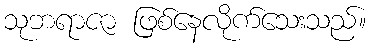
သုဘရာဇာ ဖြစ်နေလိုက်သေးသည်။